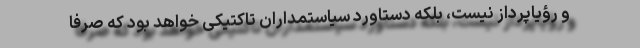
و رؤیاپرداز نیست، بلکه دستاورد سیاستمداران تاکتیکی خواهد بود که صرفاً